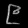
Digit: ၉